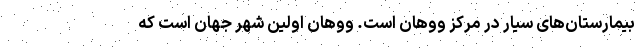
بیمارستان‌های سیار در مرکز ووهان است. ووهان اولین شهر جهان است که